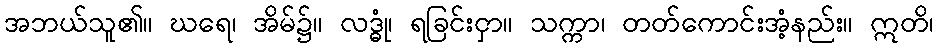
အဘယ်သူ၏။ ဃရေ၊ အိမ်၌။ လဒ္ဓုံ၊ ရခြင်းငှာ။ သက္ကာ၊ တတ်ကောင်းအံ့နည်း။ ဣတိ၊